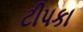
ટીપકા